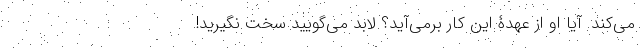
می‌کند. آیا او از عهدۀ این کار برمی‌آید؟ لابد می‌گویید سخت نگیرید!